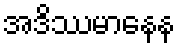
အဒိဿမာနေန